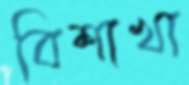
বিশাখা